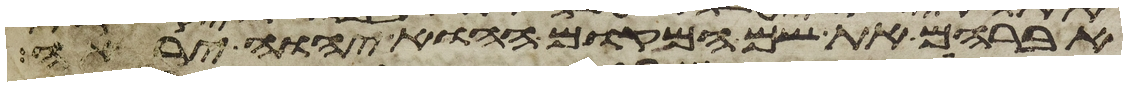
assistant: אברהם את שם המקום ההוא יהוה יראה